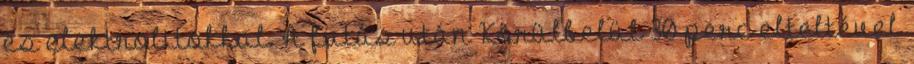
és elektrolitokkal. A futás után Körülbelül 30 perc elteltével